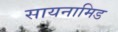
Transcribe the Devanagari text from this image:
सायनामिड